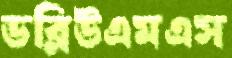
ডব্লিউএমএস